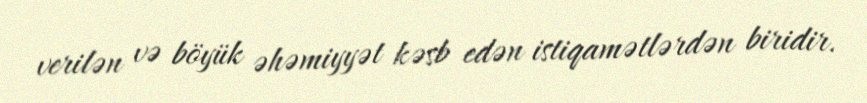
verilən və böyük əhəmiyyət kəsb edən istiqamətlərdən biridir.